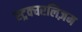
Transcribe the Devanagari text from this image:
स्ट्रक्चरलिज़म